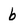
Character: b